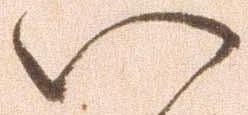
い